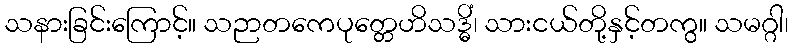
သနားခြင်းကြောင့်။ သဉာတကေပုတ္တေဟိသဒ္ဓိံ၊ သားငယ်တို့နှင့်တကွ။ သမဂ္ဂါ၊